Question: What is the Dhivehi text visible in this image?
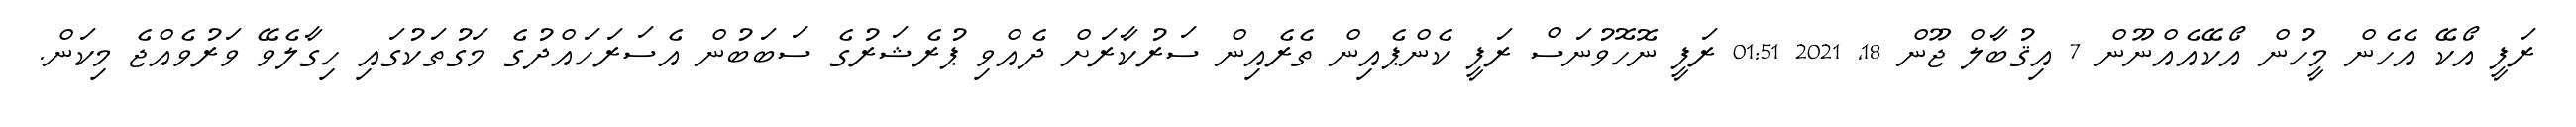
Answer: ރަފީ އޯކޭ އެހެން މީހުން އޯކޭއެއްނޫން 7 އިޤުބާލް ޖޫން 18, 2021 01:51 ރަފީ ނޮހޮވުނަސް ރަފީ ކެންޕެއިން ތެރެއިން ސަރުކާރަށް ދެއްވި ޕުރެޝަރުގެ ސަބަބުން އެސަރަހައްދުގެ މަގުތަކުގައި ހިގާލެވޭ ވަރުވެއްޖެ މިކަން.